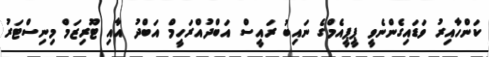
ކަންހާއިރު ވަޑައިގެންނެވީ ޕީޕީއެމްގެ ނައިބު ރައީސް އަބްދުއްރަހީމް އަބްދު އާއި ޓޫރިޒަމް މިނިސްޓަރު